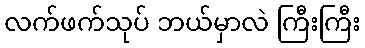
လက်ဖက်သုပ် ဘယ်မှာလဲ ကြီးကြီး